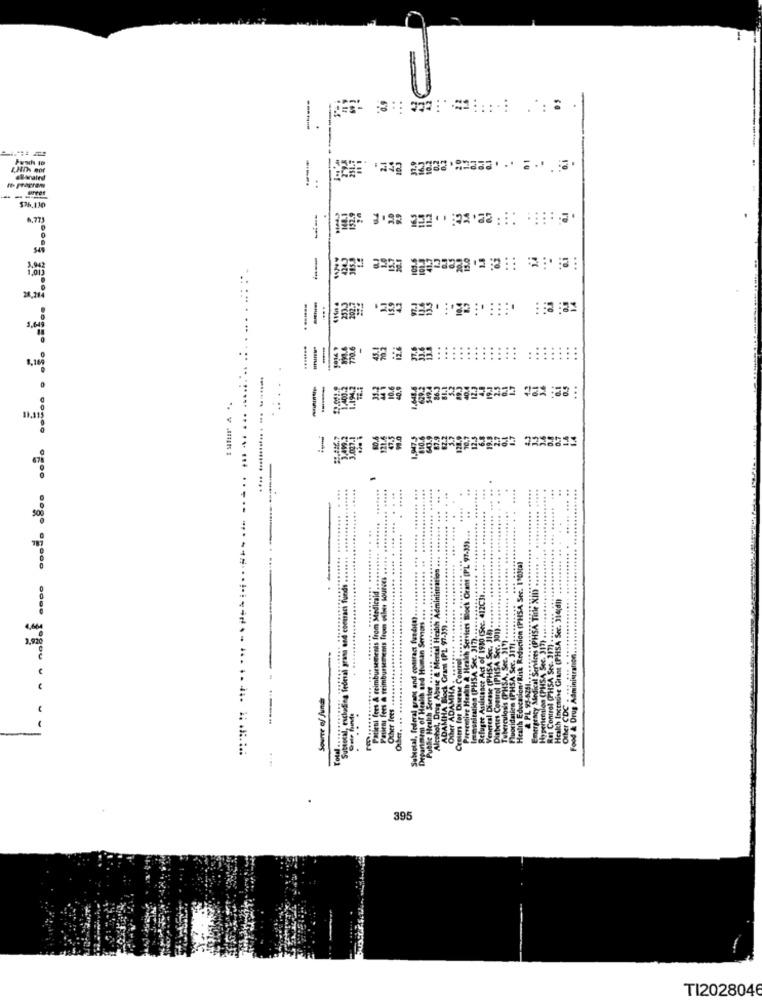
----
.
Push 10
--
6.77
... . .. ...
12.6
33.2
10.6
0.9
549.4
86.3
81.1
0.1
0.5
..
... ... ..... ....
1.194,
3.007.1
... .
47.5
1.947.5
3.7
12.3
121.
128.
.......
.. ...
... .
Subtesal, excluding federal grass and coemaci funds .......
Preventive Health & Health Services Block Orant [PL 97.
Health Education( Risk Reduction (PHSA Sec. I'DNa)
Patient fees & reimbursements from oilsit Souriti
. . nolol ....
Patient fors & reimbursements from Medicaid ,
Emergency Medical Services (PHSA Title XII)
Alcohol, Drug Abuse & Mental Health Admin
Refugee Assistance Act of 1930 (See, 412CJI.
Health Incendive Gram (PHSA Se. 314(dl)
Rat Control (PHSA Sec. 377) ....****
Subtotal, federal grant and contact fundit).
Depanmam of Health and Human Serviert .
ADAMHA Block Grant (PL 97.35).
Vencical Disease (PHSA Soc. JI!).
Diabetes Control (PHSA Sec. 301)
Public Health Sente. ...... .......
Immunization (PHSA Sec. )(7).
Hypertension (PHSA See. 317).
Tuberculosis (PHSA, See. 311
Fluoridation (PHSA Sec. 1111
Other ADAMHA . .......
Centers for Disew Contro
Sasen fors @ reimby
Other fees .........
& PL 95-6281 ..
Source of Junch
Oiher CDC
Food & Drug
395
TI2028046